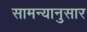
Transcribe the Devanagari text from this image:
सामन्यानुसार